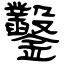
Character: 鑿